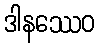
ဒါနဿေဝ